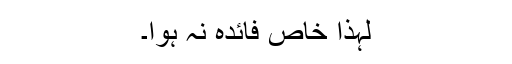
لہذا خاص فائدہ نہ ہوا۔